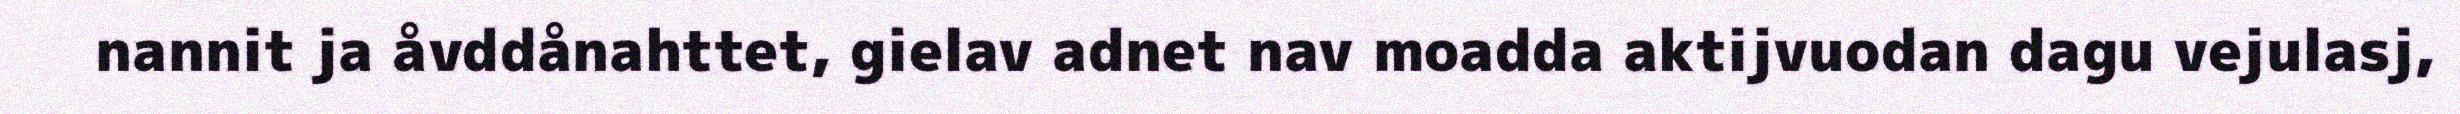
nannit ja åvddånahttet, gielav adnet nav moadda aktijvuodan dagu vejulasj,